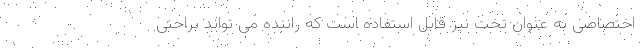
اختصاصی به عنوان تخت نیز قابل استفاده است که راننده می تواند براحتی